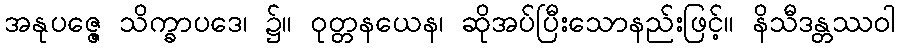
အနုပဇ္ဇေ သိက္ခာပဒေ၊ ၌။ ဝုတ္တနယေန၊ ဆိုအပ်ပြီးသောနည်းဖြင့်။ နိသီဒန္တဿဝါ